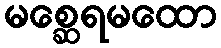
မစ္ဆေရမထော